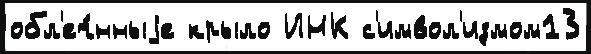
обл'еч́нныjе крыло ИНК с'имвол'измом13